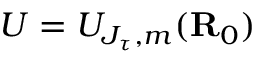
U = U _ { J _ { \tau } , m } ( \mathbf { R } _ { 0 } )